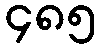
၄၈၅